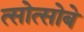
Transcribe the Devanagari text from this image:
त्सोत्सोबे